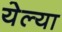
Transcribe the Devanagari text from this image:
येल्या